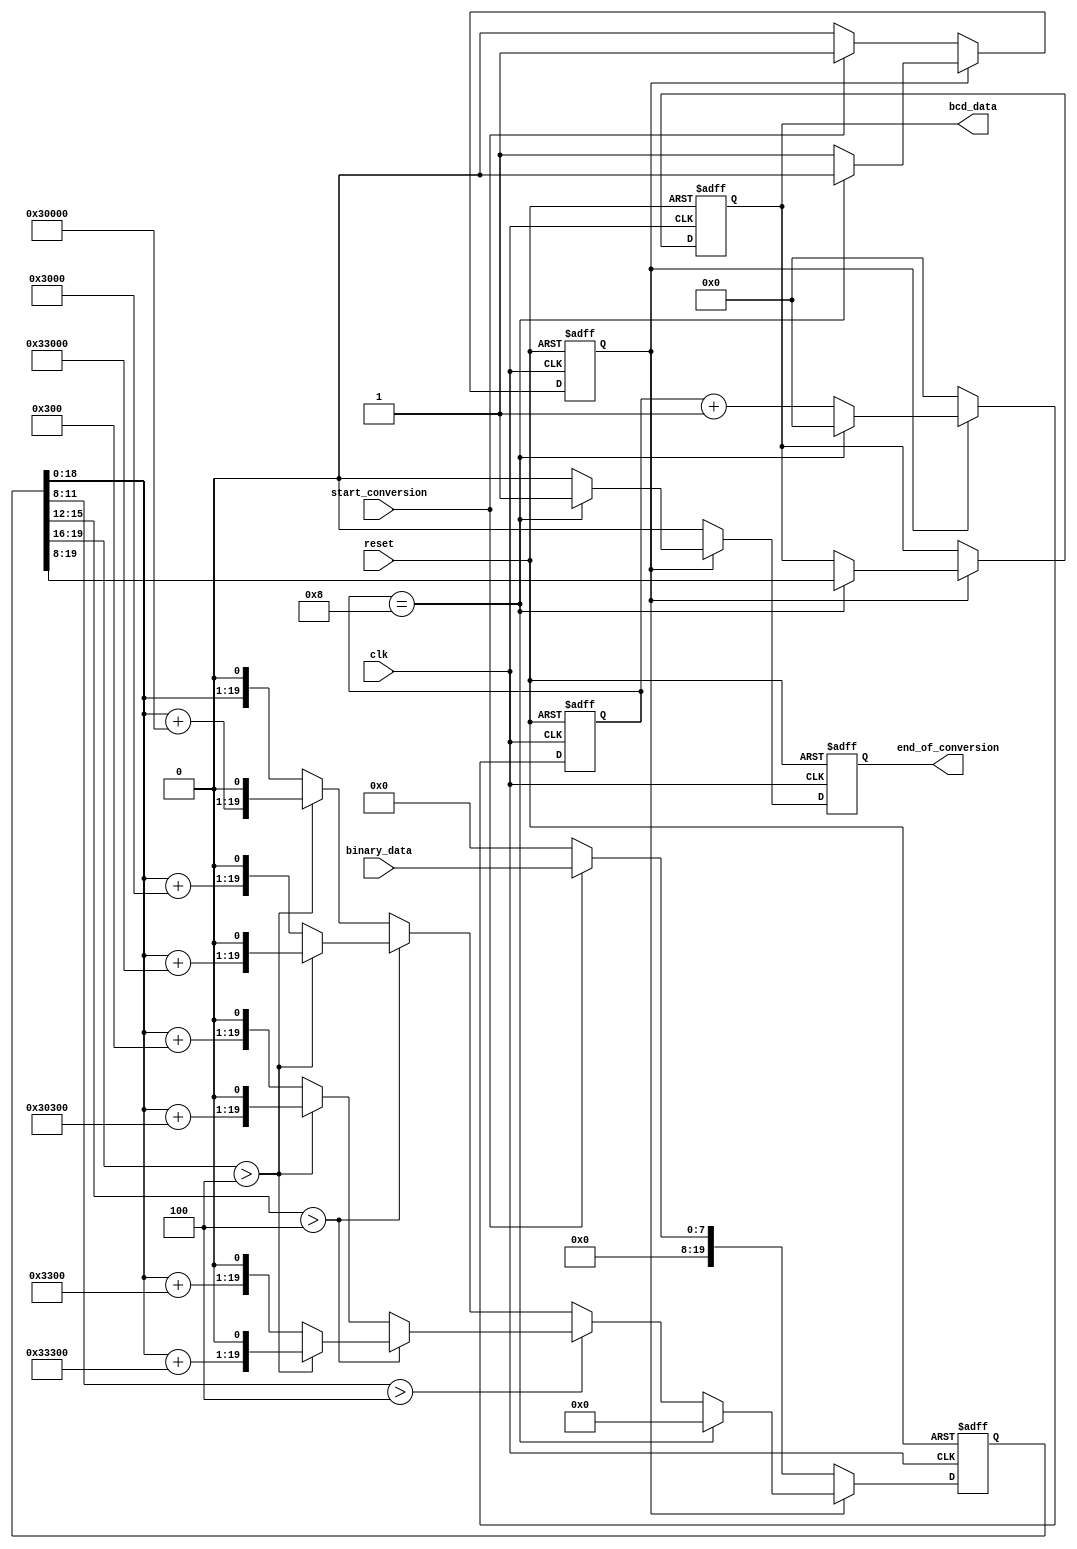
module binary_to_bcd_core(
	// signals
	input wire clk,
	input wire reset,
	input wire start_conversion,
	output reg end_of_conversion,
	// data
	input wire [7:0] binary_data,
	output reg [11:0] bcd_data
	);

	// state declarations 
	localparam 
		idle = 1'b0,
		converting = 1'b1;

	// signal declarations
	reg state_reg, state_next;
	reg [11:0] bcd_data_next;
	reg [19:0] shift_reg,shift_reg_next;
	reg [3:0] count,count_next;
	reg end_of_conversion_next;

	// state_updation_logic
	always @(posedge(clk),posedge(reset)) begin
		if(reset) begin
			state_reg = idle;
			bcd_data = 12'b0;
			shift_reg = 20'b0;
			count = 4'b0;
			end_of_conversion = 1'b0;
		end else begin
			// the last activity should be the 
			// synchronous activity
			state_reg = state_next;
			bcd_data = bcd_data_next;
			shift_reg = shift_reg_next;
			count = count_next;
			end_of_conversion = end_of_conversion_next;
		end
	end

	// next state logic
	always @* begin                                                                 

		// in idle state
		if(state_reg == idle) begin
			// moore signals
			count_next <= 4'b0;
			bcd_data_next <= bcd_data;
			end_of_conversion_next <= 1'b0;
			
			// mealey signals
			if(start_conversion) begin
				shift_reg_next <= {12'b0,binary_data};
				state_next <= converting;
			end else begin
				shift_reg_next <= 20'b0;
				state_next <= idle;
			end

		// in converting state
		end else begin
			if(count == 8) begin
				shift_reg_next <= 20'b0;
				count_next <= 4'b0;
				bcd_data_next <= shift_reg[19:8];
				state_next <= idle;
				end_of_conversion_next <= 1'b1;
			end else begin
				count_next <= count + 1;
				bcd_data_next <= bcd_data;
				state_next <= converting;
				end_of_conversion_next <= 1'b0;

				// updating shift_reg_next
				if(shift_reg[11:8] > 4'd4) begin
					if(shift_reg[15:12] > 4'd4) begin
						if(shift_reg[19:16] > 4'd4) begin
							shift_reg_next <= {shift_reg[18:0] + 20'b0011_0011_0011_0000_0000,1'b0};
						end else begin
							shift_reg_next <= {shift_reg[18:0] + 20'b0000_0011_0011_0000_0000,1'b0};
						end
					end else begin
						if(shift_reg[19:16] > 4'd4) begin
							shift_reg_next <= {shift_reg[18:0] + 20'b0011_0000_0011_0000_0000,1'b0};
						end else begin
							shift_reg_next <= {shift_reg[18:0] + 20'b0000_0000_0011_0000_0000,1'b0};
						end
					end 
				end else begin
					if(shift_reg[15:12] > 4'd4) begin
						if(shift_reg[19:16] > 4'd4) begin
							shift_reg_next <= {shift_reg[18:0] + 20'b0011_0011_0000_0000_0000,1'b0};
						end else begin
							shift_reg_next <= {shift_reg[18:0] + 20'b0000_0011_0000_0000_0000,1'b0};
						end
					end else begin
						if(shift_reg[19:16] > 4'd4) begin
							shift_reg_next <= {shift_reg[18:0] + 20'b0011_0000_0000_0000_0000,1'b0};
						end else begin
							shift_reg_next <= {shift_reg[18:0],1'b0};
						end
					end
				end
			end
		end
	end
endmodule


//module stimulus();
//
//	reg CLK,RESET,START_CONVERSION;
//	reg [7:0] BINARY_DATA;
//	wire [11:0] BCD_DATA;
//	wire END_OF_CONVERSION;
//
//	binary_to_bcd_core b(
//		.clk                        (CLK),
//		.reset                      (RESET),
//		.start_conversion           (START_CONVERSION),
//		.binary_data                (BINARY_DATA),
//		.bcd_data                   (BCD_DATA),
//		.end_of_conversion          (END_OF_CONVERSION)
//	);
//
//	initial begin
//		$dumpfile("simulation.vcd");
//		$dumpvars(0,
//			CLK,
//			RESET,
//			START_CONVERSION,
//			BINARY_DATA,
//			BCD_DATA,
//			END_OF_CONVERSION
//		);
//	end
//
//	initial begin
//		CLK = 1'b0;
//		RESET = 1'b0;
//		START_CONVERSION = 1'b0;
//		BINARY_DATA = 8'b00001111;
//	end
//
//	// RESET testing
//	// initial begin
//	// 	#10 RESET = 1'b1;
//	// 	#10 RESET = 1'b0;
//	// 	#10 START_CONVERSION = 1'b1;
//	// 	#5 START_CONVERSION = 1'b0;
//	// 	#2 RESET = 1'b1;
//	// 	#2 START_CONVERSION = 1'b1;
//	// 	#4 RESET = 1'b0;
//	// 	#2 START_CONVERSION = 1'b0;
//	// 	#20 RESET = 1'b1;
//	// 	#2 RESET = 1'b0;
//	// end
//
//	// FUNCTIONAL testing
//	reg [7:0] i;
//	initial begin
//		#10 RESET = 1'b1;
//		#10 RESET = 1'b0;
//		for(i=0;i<256;i = i+1) begin
//			#40 BINARY_DATA = i;
//			#2 START_CONVERSION = 1'b1;
//			#2 START_CONVERSION = 1'b0;
//		end
//	end
//
//	always begin
//		#1 CLK = ~ CLK;
//	end
//
//	initial begin
//		#30000 $finish;
//	end
//endmodule